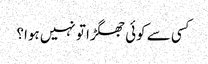
کسی سے کوئی جھگڑا تو نہیں ہوا؟